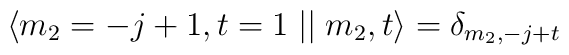
\langle m_2=-j+1,t=1\mid \mid m_2,t\rangle =\delta _{m_2,-j+t}